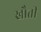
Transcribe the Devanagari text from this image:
खौती